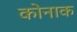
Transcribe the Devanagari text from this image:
कोनाक